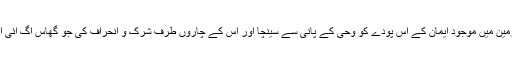
بس پیغمبروں نے یہ کام کیا کہ دل کی زمین میں موجود ایمان کے اس پودے کو وحی کے پانی سے سینچا اور اس کے چاروں طرف شرک و انحراف کی جو گھاس اگ آئی اس کو جڑ سے اکھاڑ کر باہر پھینک دیا۔